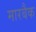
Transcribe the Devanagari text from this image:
मारबैक